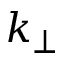
k _ { \bot }